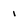
Character: 1